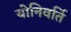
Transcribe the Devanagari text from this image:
योनिवर्ति